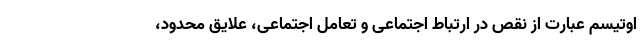
اوتیسم عبارت از نقص در ارتباط اجتماعی و تعامل اجتماعی، علایق محدود،